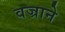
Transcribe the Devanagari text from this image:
वज्राने